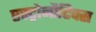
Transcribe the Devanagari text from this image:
एस्ट्रोनौटिक्स